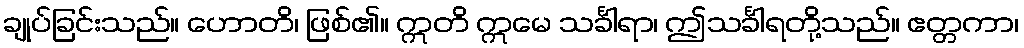
ချုပ်ခြင်းသည်။ ဟောတိ၊ ဖြစ်၏။ ဣတိ ဣမေ သင်္ခါရာ၊ ဤသင်္ခါရတို့သည်။ ဧတ္တကာ၊